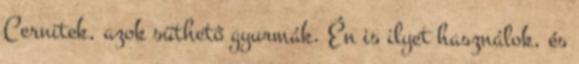
Cernitek, azok süthető gyurmák. Én is ilyet használok, és